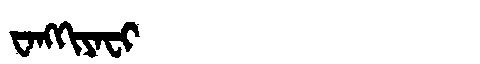
Manchu: ᠸᠠᠩᡴᡳᠶᠠᠸᡳ
Romanization: WANGKIYAFI